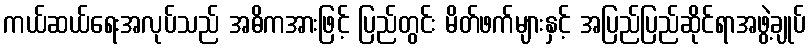
ကယ်ဆယ်ရေးအလုပ်သည် အဓိကအားဖြင့် ပြည်တွင်း မိတ်ဖက်များနှင့် အပြည်ပြည်ဆိုင်ရာအဖွဲ့ချုပ်